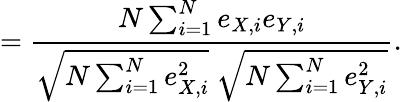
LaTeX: ={\frac{N\sum_{i=1}^{N}e_{X,i}e_{Y,i}}{{\sqrt{N\sum_{i=1}^{N}e_{X,i}^{2}}}~{\sqrt{N\sum_{i=1}^{N}e_{Y,i}^{2}}}}}.